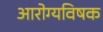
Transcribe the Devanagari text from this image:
आरोग्यविषक